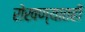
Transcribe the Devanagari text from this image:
रोखण्यातही